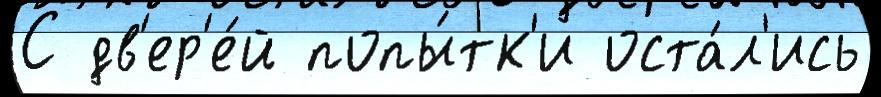
С дв'ер'е́й попы́тк'и оста́л'ись